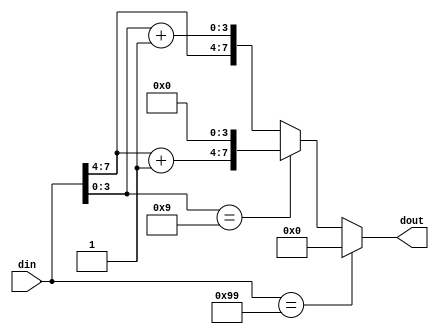
// BCD (Binary Coded Decimal) counter
module bcd8_increment (
	input [7:0] din,
	output reg [7:0] dout
);
	always @* begin
		case (1'b1)
			din[7:0] == 8'h 99:
				dout = 0;
			din[3:0] == 4'h 9:
				dout = {din[7:4] + 4'd 1, 4'h 0};
			default:
				dout = {din[7:4], din[3:0] + 4'd 1};
		endcase
	end
endmodule